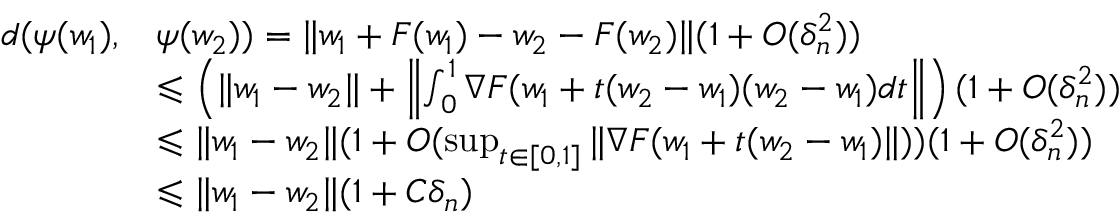
\begin{array} { r l } { d ( \psi ( w _ { 1 } ) , } & { \psi ( w _ { 2 } ) ) = \| w _ { 1 } + F ( w _ { 1 } ) - w _ { 2 } - F ( w _ { 2 } ) \| ( 1 + O ( \delta _ { n } ^ { 2 } ) ) } \\ & { \leqslant \left( \| w _ { 1 } - w _ { 2 } \| + \left\| \int _ { 0 } ^ { 1 } \nabla F ( w _ { 1 } + t ( w _ { 2 } - w _ { 1 } ) ( w _ { 2 } - w _ { 1 } ) d t \right\| \right) ( 1 + O ( \delta _ { n } ^ { 2 } ) ) } \\ & { \leqslant \| w _ { 1 } - w _ { 2 } \| ( 1 + O ( \operatorname* { s u p } _ { t \in [ 0 , 1 ] } \| \nabla F ( w _ { 1 } + t ( w _ { 2 } - w _ { 1 } ) \| ) ) ( 1 + O ( \delta _ { n } ^ { 2 } ) ) } \\ & { \leqslant \| w _ { 1 } - w _ { 2 } \| ( 1 + C \delta _ { n } ) } \end{array}